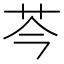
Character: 芩